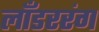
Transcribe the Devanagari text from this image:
लाँडररंग